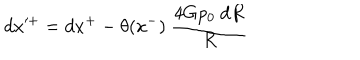
d x ^ { + } = d x ^ { + } - \theta ( x ^ { - } ) ~ { \frac { 4 G p _ { 0 } ~ d R } { R } }